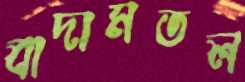
বাদামতল